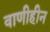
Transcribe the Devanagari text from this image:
वाणीहीन